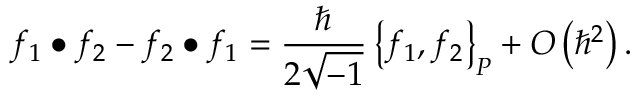
f _ { 1 } \bullet f _ { 2 } - f _ { 2 } \bullet f _ { 1 } = \frac { \hbar } { 2 \sqrt { - 1 } } \left\{ f _ { 1 } , f _ { 2 } \right\} _ { P } + O \left( \hbar ^ { 2 } \right) .